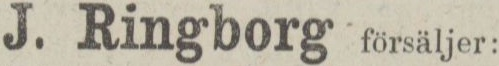
J. Ringborg försäljer: